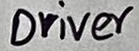
Text: Driver